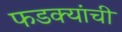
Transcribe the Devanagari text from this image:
फडक्यांची